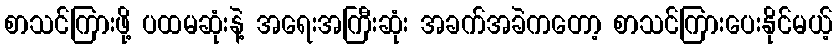
စာသင်ကြားဖို့ ပထမဆုံးနဲ့ အရေးအကြီးဆုံး အခက်အခဲကတော့ စာသင်ကြားပေးနိုင်မယ့်